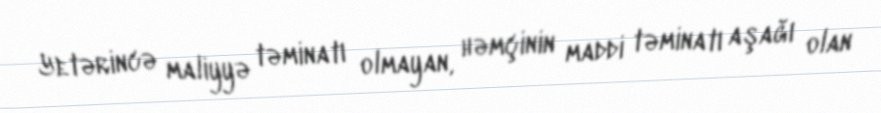
Yetərincə maliyyə təminatı olmayan, həmçinin maddi təminatı aşağı olan